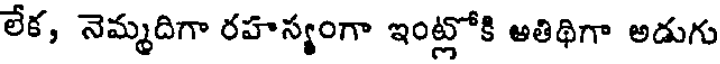
లేక, నెమ్మదిగా రహస్యంగా ఇంట్లోకి అతిథిగా అడుగు